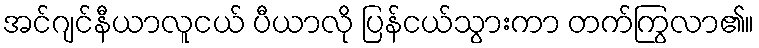
အင်ဂျင်နီယာလူငယ် ပီယာလို ပြန်ငယ်သွားကာ တက်ကြွလာ၏။